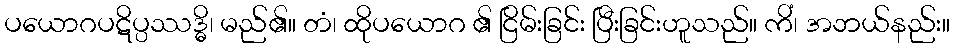
ပယောဂပဋိပ္ပဿဒ္ဓိ၊ မည်၏။ တံ၊ ထိုပယောဂ ၏ ငြိမ်းခြင်း ပြီးခြင်းဟူသည်။ ကိံ၊ အဘယ်နည်း။